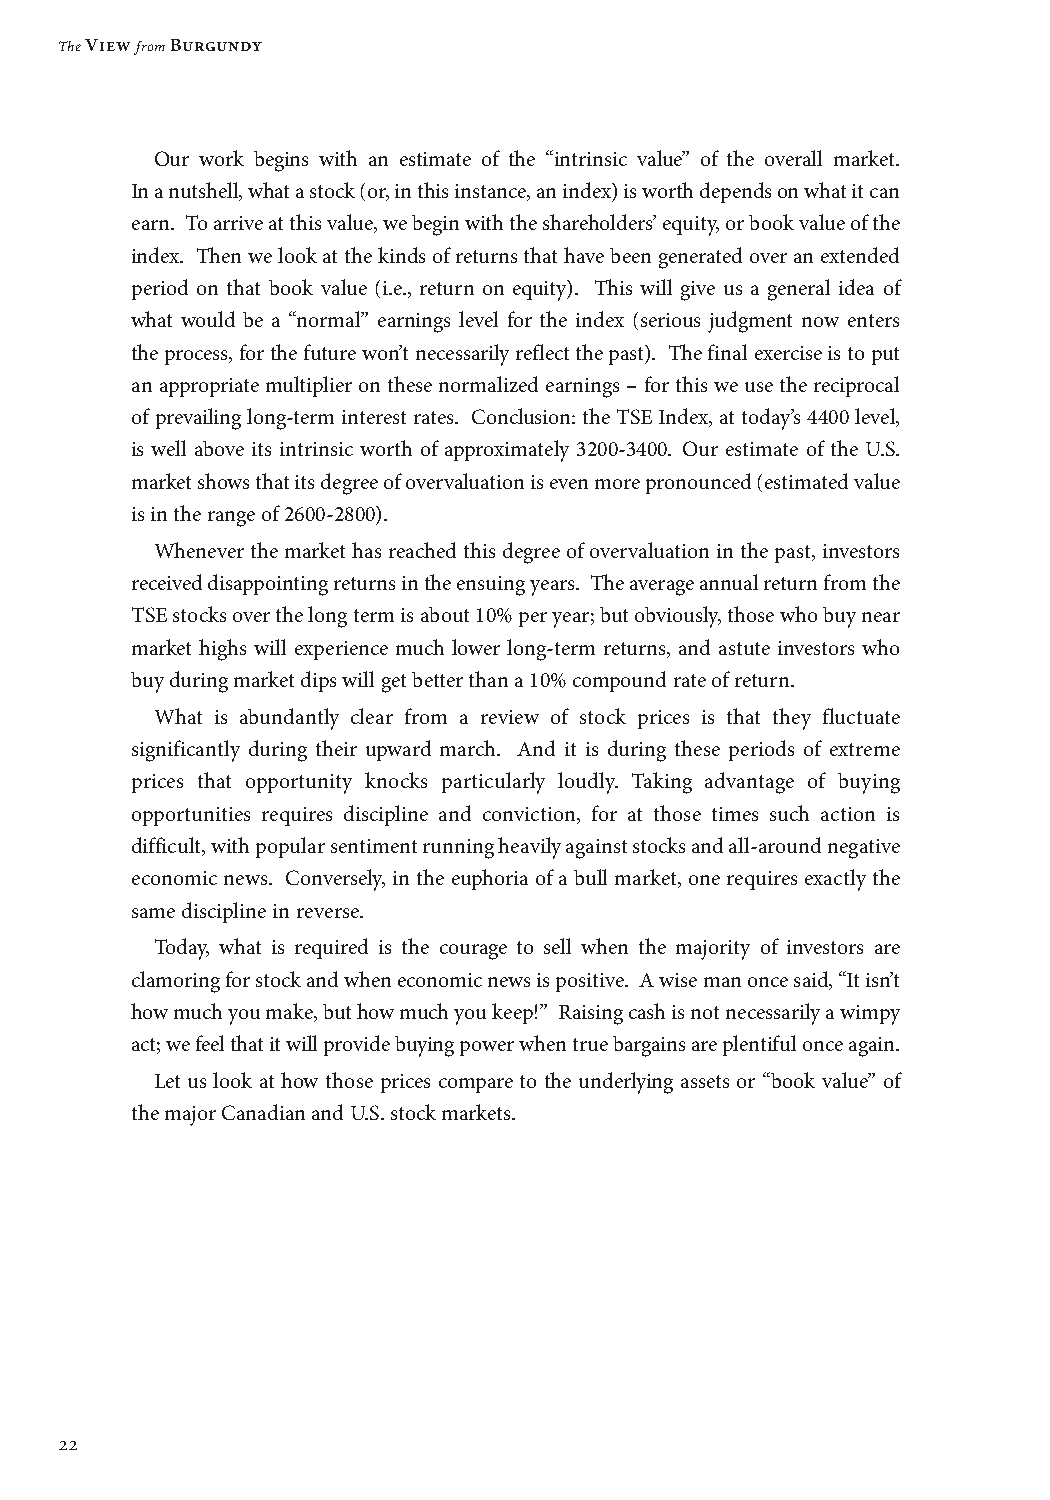
The View from Burgundy
 Our work begins with an estimate of the “intrinsic value” of the overall market.
 In a nutshell, what a stock (or, in this instance, an index) is worth depends on what it can
 earn. To arrive at this value, we begin with the shareholders’ equity, or book value of the
 index. Then we look at the kinds of returns that have been generated over an extended
 period on that book value (i.e., return on equity). This will give us a general idea of
 what would be a “normal” earnings level for the index (serious judgment now enters
 the process, for the future won’t necessarily reflect the past). The final exercise is to put
 an appropriate multiplier on these normalized earnings – for this we use the reciprocal
 of prevailing long-term interest rates. Conclusion: the TSE Index, at today’s 4400 level,
 is well above its intrinsic worth of approximately 3200-3400. Our estimate of the U.S.
 market shows that its degree of overvaluation is even more pronounced (estimated value
 is in the range of 2600-2800).
 Whenever the market has reached this degree of overvaluation in the past, investors
 received disappointing returns in the ensuing years. The average annual return from the
 TSE stocks over the long term is about 10% per year; but obviously, those who buy near
 market highs will experience much lower long-term returns, and astute investors who
 buy during market dips will get better than a 10% compound rate of return.
 What is abundantly clear from a review of stock prices is that they fluctuate
 significantly during their upward march. And it is during these periods of extreme
 prices that opportunity knocks particularly loudly. Taking advantage of buying
 opportunities requires discipline and conviction, for at those times such action is
 difficult, with popular sentiment running heavily against stocks and all-around negative
 economic news. Conversely, in the euphoria of a bull market, one requires exactly the
 same discipline in reverse.
 Today, what is required is the courage to sell when the majority of investors are
 clamoring for stock and when economic news is positive. A wise man once said, “It isn’t
 how much you make, but how much you keep!” Raising cash is not necessarily a wimpy
 act; we feel that it will provide buying power when true bargains are plentiful once again.
 Let us look at how those prices compare to the underlying assets or “book value” of
 the major Canadian and U.S. stock markets.
 22